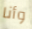
وأنا